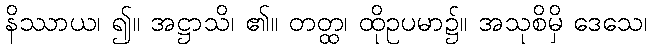
နိဿာယ၊ ၍။ အဋ္ဌာသိ၊ ၏။ တတ္ထ၊ ထိုဥပမာ၌။ အသုစိမှိ ဒေသေ၊